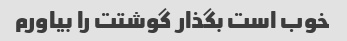
خوب است بگذار گوشتت را بیاورم